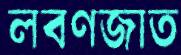
লবণজাত